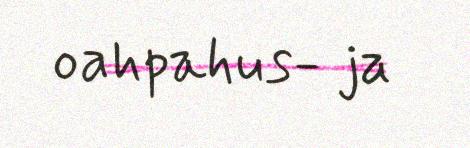
oahpahus- ja